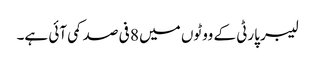
لیبر پارٹی کے ووٹوں میں 8 فی صد کمی آئی ہے۔